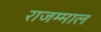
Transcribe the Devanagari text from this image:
राजम्माल